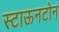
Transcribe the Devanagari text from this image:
स्टाऊनटोन